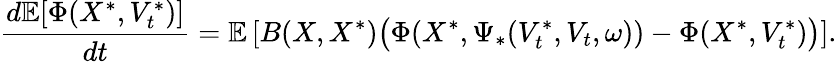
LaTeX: \frac{d\mathbb{E}[\Phi(X^{\ast},V_{t}^{\ast})]}{dt}=\mathbb{E}\left[B(X,X^{\ast})\bigl(\Phi(X^{\ast},\Psi_{\ast}(V_{t}^{\ast},V_{t},\omega))-\Phi(X^{\ast},V_{t}^{\ast})\bigr)\right].